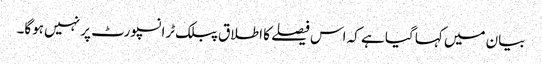
بیان میں کہا گیا ہے کہ اس فیصلے کا اطلاق پبلک ٹرانسپورٹ پر نہیں ہوگا۔